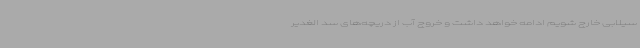
سیلابی خارج شویم ادامه خواهد داشت و خروج آب از دریچه‌های سد الغدیر